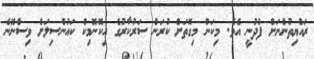
ރައްޔިތުންނަށް ފުދުނީ އެވެ. މިކަން މިގޮތަށް ކުރަން ސަރުކާރުގެ އިކޮނޮމިކް ކައުންސިލަށް ވިސްނޭނެ